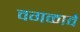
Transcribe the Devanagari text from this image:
वगळावे